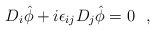
\begin{align*}D_i \hat \phi+i\epsilon_{ij} D_j \hat \phi=0~~,\end{align*}